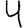
Digit: 4